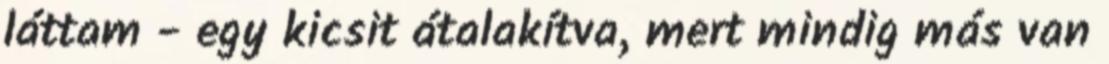
láttam - egy kicsit átalakítva, mert mindig más van